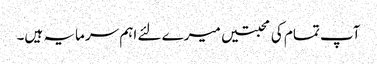
آپ تمام کی محبتیں میرے لئے اہم سرمایہ ہیں۔